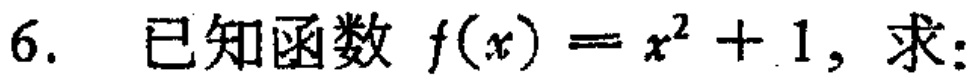
6. 已知函数 \(f(x)=x^{2}+1\)，求：